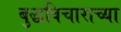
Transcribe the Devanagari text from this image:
बुद्धविचाराच्या